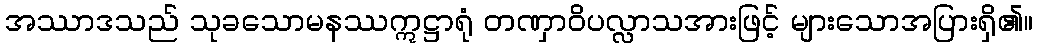
အဿာဒသည် သုခသောမနဿဣဋ္ဌာရုံ တဏှာဝိပလ္လာသအားဖြင့် များသောအပြားရှိ၏။